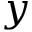
y